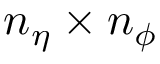
n _ { \eta } \times n _ { \phi }